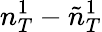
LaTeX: n_{T}^{1}-\tilde{n}_{T}^{1}